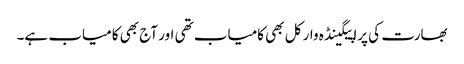
بھارت کی پراپیگینڈہ وار کل بھی کامیاب تھی اور آج بھی کامیاب ہے۔